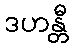
ဒဟန္တီ